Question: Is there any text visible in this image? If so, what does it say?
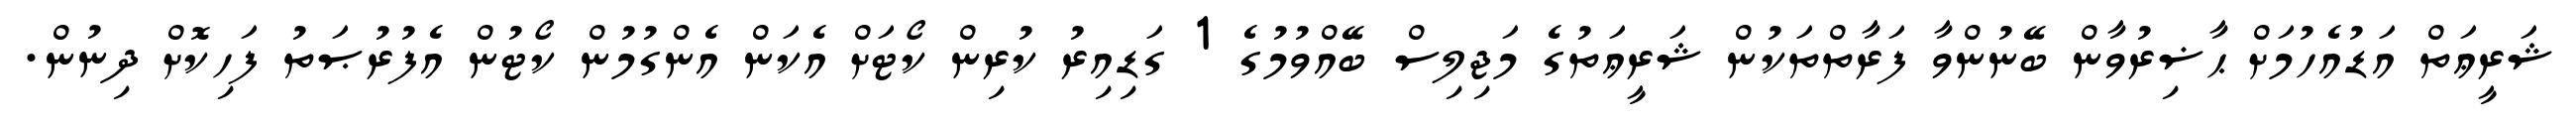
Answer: ޝަރީޢަތް އަޑުއެހުމަށް ޙާޟިރުވާން ބޭނުންވާ ފަރާތްތަކުން ޝަރީޢަތުގެ މަޖިލިސް ބޭއްވުމުގެ 1 ގަޑިއިރު ކުރިން ކޯޓަށް އެކަން އެންގުމުން ކޯޓުން އެފުރުޞަތު ފަހިކޮށް ދިނުން.